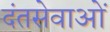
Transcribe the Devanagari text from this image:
दंतसेवाओं